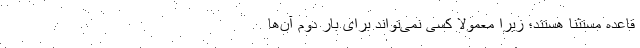
قاعده مستثنا هستند؛ زیرا معمولاً کسی نمی‌تواند برای بار دوم آن‌ها